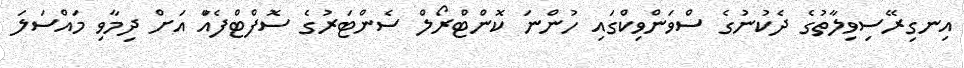
އިނގިރޭސިވިލާތުގެ ދެކުނުގެ ސްވަންވިކްގައި ހުންނަ ކޮންޓްރޯލް ސެންޓަރުގެ ސޮފްޓްފެއަާ އަށް ދިމާވި މައްސަލަ